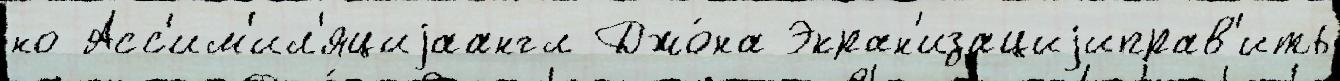
но Асс'им'ил'яциjаангл Джо́на Экран'изациjиправ'ить